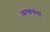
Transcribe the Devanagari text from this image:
सरकफंदा